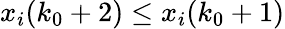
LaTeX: x_{i}(k_{0}+2)\leq x_{i}(k_{0}+1)